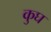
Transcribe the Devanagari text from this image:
कुघ